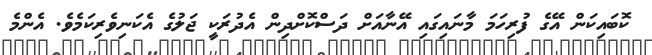
ކޮބައިކަން އޭގެ ފުރިހަމަ މާނައިގައި އޭނާއަށް ދަސްކޮށްދިން އެދުރަކީ ޖަލުގެ އެކަނިވެރިކަމެވެ. އެންމެ